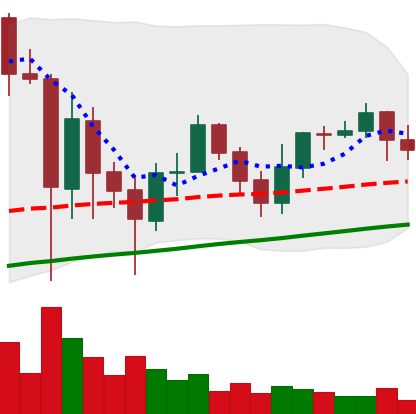
Ticker: ADA-USD
Chart end date: 2021-06-05
Forward return: -7.664%
Label: down_7plus